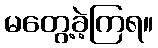
မတွေ့ခဲ့ကြရ။